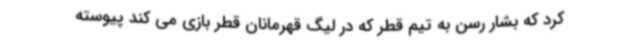
کرد که بشار رسن به تیم قطر که در لیگ قهرمانان قطر بازی می کند پیوسته